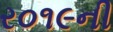
ર૦૧૯ની